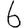
Digit: 6